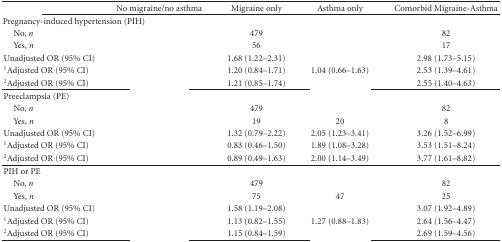
<table><thead><tr><td>[EMPTY_CELL]</td><td><b>No migraine/no asthma</b></td><td><b>Migraine only</b></td><td><b>Asthma only</b></td><td><b>Comorbid Migraine-Asthma</b></td></tr></thead><tbody><tr><td colspan="2">Pregnancy-induced hypertension (PIH)</td><td>[EMPTY_CELL]</td><td>[EMPTY_CELL]</td><td>[EMPTY_CELL]</td></tr><tr><td> No, <i>n</i></td><td>[EMPTY_CELL]</td><td>479</td><td>[EMPTY_CELL]</td><td>82</td></tr><tr><td> Yes, <i>n</i></td><td>[EMPTY_CELL]</td><td>56</td><td>[EMPTY_CELL]</td><td>17</td></tr><tr><td>Unadjusted OR (95% CI)</td><td>[EMPTY_CELL]</td><td>1.68 (1.22–2.31)</td><td>[EMPTY_CELL]</td><td>2.98 (1.73–5.15)</td></tr><tr><td><sup>1</sup>Adjusted OR (95% CI)</td><td>[EMPTY_CELL]</td><td>1.20 (0.84–1.71)</td><td>1.04 (0.66–1.63)</td><td>2.53 (1.39–4.61)</td></tr><tr><td><sup>2</sup>Adjusted OR (95% CI)</td><td>[EMPTY_CELL]</td><td>1.21 (0.85–1.74)</td><td>[EMPTY_CELL]</td><td>2.55 (1.40–4.63)</td></tr><tr><td>Preeclampsia (PE)</td><td>[EMPTY_CELL]</td><td>[EMPTY_CELL]</td><td>[EMPTY_CELL]</td><td>[EMPTY_CELL]</td></tr><tr><td> No, <i>n</i></td><td>[EMPTY_CELL]</td><td>479</td><td>[EMPTY_CELL]</td><td>82</td></tr><tr><td> Yes, <i>n</i></td><td>[EMPTY_CELL]</td><td>19</td><td>20</td><td>8</td></tr><tr><td>Unadjusted OR (95% CI)</td><td>[EMPTY_CELL]</td><td>1.32 (0.79–2.22)</td><td>2.05 (1.23–3.41)</td><td>3.26 (1.52–6.99)</td></tr><tr><td><sup>1</sup>Adjusted OR (95% CI)</td><td>[EMPTY_CELL]</td><td>0.83 (0.46–1.50)</td><td>1.89 (1.08–3.28)</td><td>3.53 (1.51–8.24)</td></tr><tr><td><sup>2</sup>Adjusted OR (95% CI)</td><td>[EMPTY_CELL]</td><td>0.89 (0.49–1.63)</td><td>2.00 (1.14–3.49)</td><td>3.77 (1.61–8.82)</td></tr><tr><td>PIH or PE</td><td>[EMPTY_CELL]</td><td>[EMPTY_CELL]</td><td>[EMPTY_CELL]</td><td>[EMPTY_CELL]</td></tr><tr><td> No, <i>n</i></td><td>[EMPTY_CELL]</td><td>479</td><td>[EMPTY_CELL]</td><td>82</td></tr><tr><td> Yes, <i>n</i></td><td>[EMPTY_CELL]</td><td>75</td><td>47</td><td>25</td></tr><tr><td>Unadjusted OR (95% CI)</td><td>[EMPTY_CELL]</td><td>1.58 (1.19–2.08)</td><td>[EMPTY_CELL]</td><td>3.07 (1.92–4.89)</td></tr><tr><td><sup>1</sup>Adjusted OR (95% CI)</td><td>[EMPTY_CELL]</td><td>1.13 (0.82–1.55)</td><td>1.27 (0.88–1.83)</td><td>2.64 (1.56–4.47)</td></tr><tr><td><sup>2</sup>Adjusted OR (95% CI)</td><td>[EMPTY_CELL]</td><td>1.15 (0.84–1.59)</td><td>[EMPTY_CELL]</td><td>2.69 (1.59–4.56)</td></tr></tbody></table>